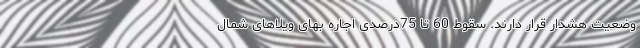
وضعیت هشدار قرار دارند. سقوط 60 تا 75درصدی اجاره بهای ویلاهای شمال